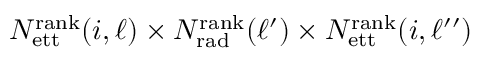
N _ { \mathrm { e t t } } ^ { \mathrm { r a n k } } ( i , \ell ) \times N _ { \mathrm { r a d } } ^ { \mathrm { r a n k } } ( \ell ^ { \prime } ) \times N _ { \mathrm { e t t } } ^ { \mathrm { r a n k } } ( i , \ell ^ { \prime \prime } )